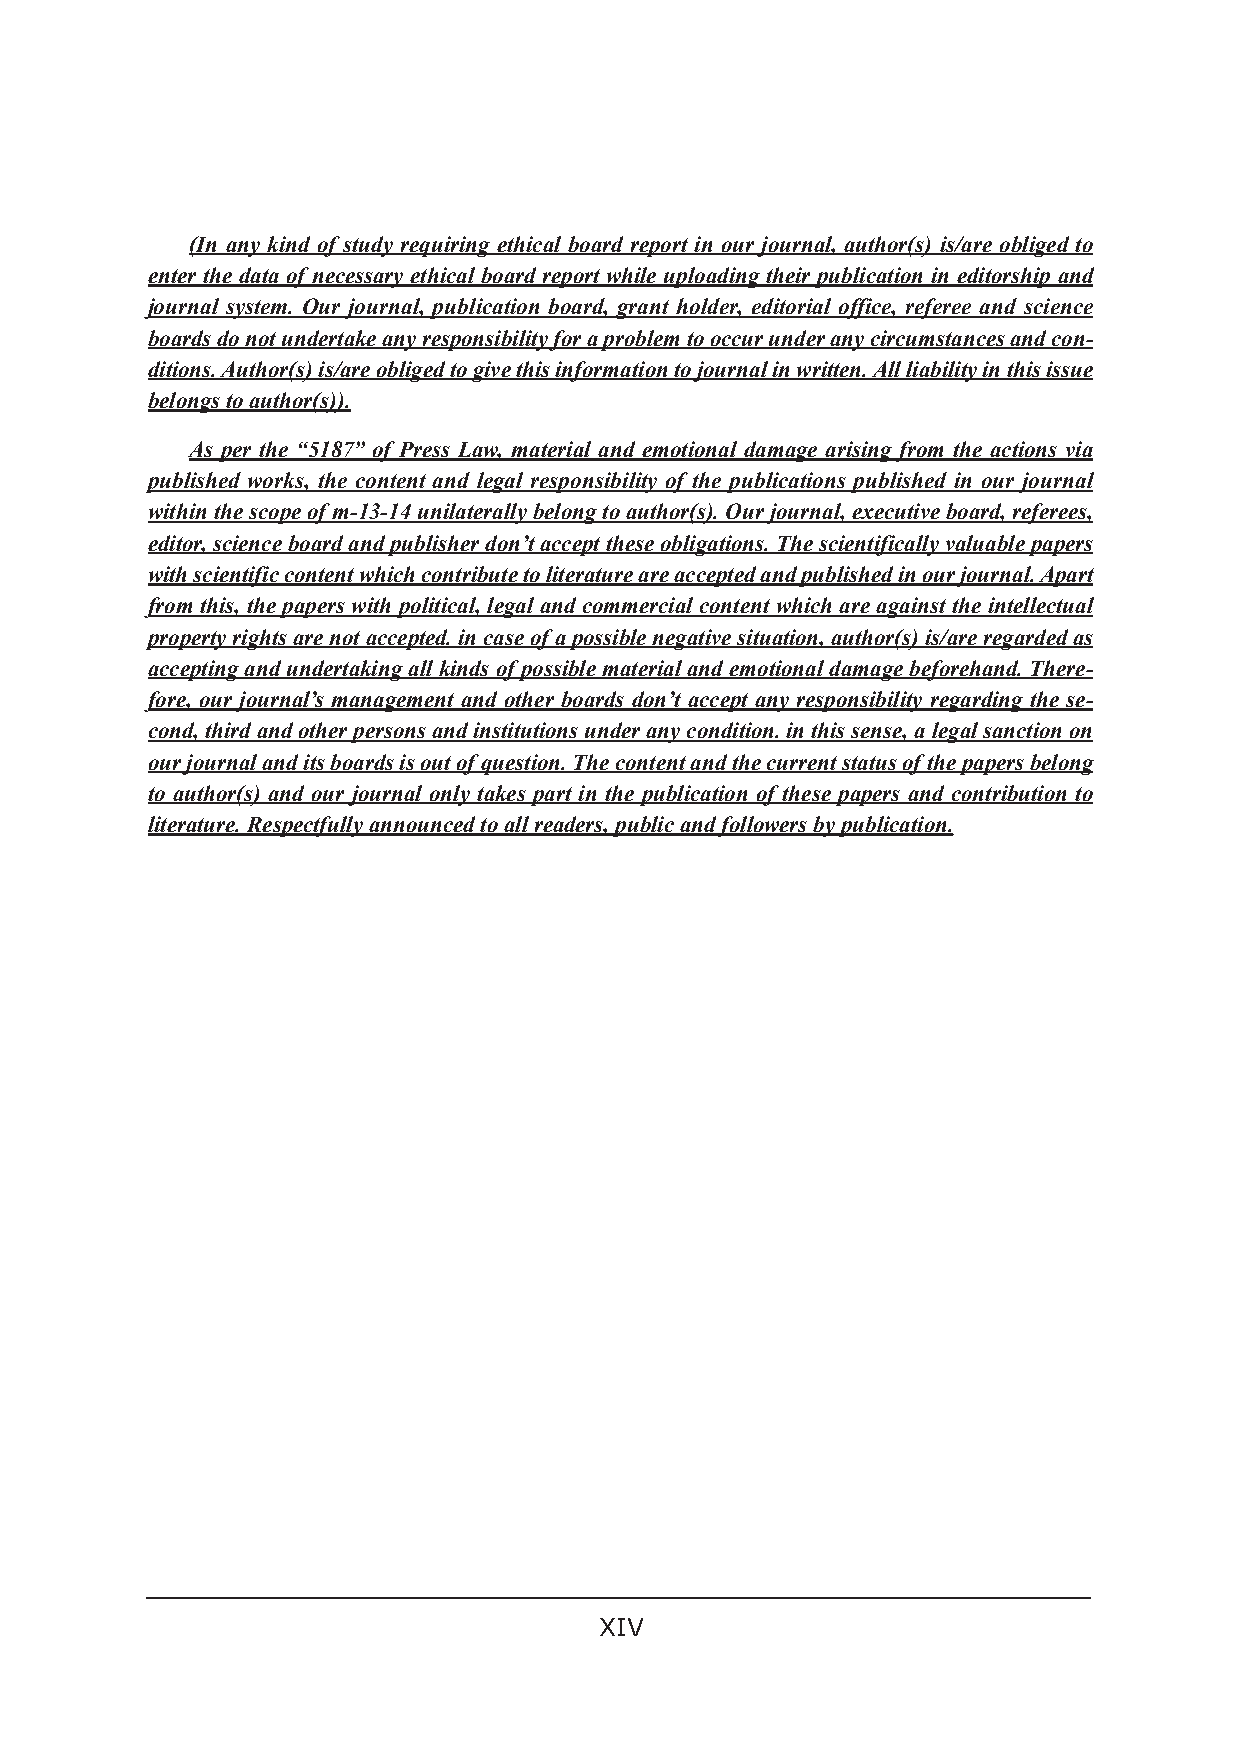
(In any kind of study requiring ethical board report in our journal, author(s) is/are obliged to
 enter the data of necessary ethical board report while uploading their publication in editorship and
 journal system. Our journal, publication board, grant holder, editorial office, referee and science
 boards do not undertake any responsibility for a problem to occur under any circumstances and con-
 ditions. Author(s) is/are obliged to give this information to journal in written. All liability in this issue
 belongs to author(s)).
 As per the “5187” of Press Law, material and emotional damage arising from the actions via
 published works, the content and legal responsibility of the publications published in our journal
 within the scope of m-13-14 unilaterally belong to author(s). Our journal, executive board, referees,
 editor, science board and publisher don’t accept these obligations. The scientifically valuable papers
 with scientific content which contribute to literature are accepted and published in our journal. Apart
 from this, the papers with political, legal and commercial content which are against the intellectual
 property rights are not accepted. in case of a possible negative situation, author(s) is/are regarded as
 accepting and undertaking all kinds of possible material and emotional damage beforehand. There-
 fore, our journal’s management and other boards don’t accept any responsibility regarding the se-
 cond, third and other persons and institutions under any condition. in this sense, a legal sanction on
 our journal and its boards is out of question. The content and the current status of the papers belong
 to author(s) and our journal only takes part in the publication of these papers and contribution to
 literature. Respectfully announced to all readers, public and followers by publication.
 XIV